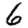
Digit: 6